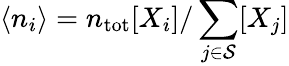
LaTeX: \langle n_{i}\rangle=n_{\mathrm{tot}}[X_{i}]/\sum_{j\in\mathcal{S}}[X_{j}]